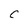
Character: C